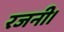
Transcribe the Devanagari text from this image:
रजनी।